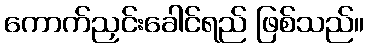
ကောက်ညှင်းခေါင်ရည် ဖြစ်သည်။